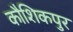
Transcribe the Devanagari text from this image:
कौशिकपुर